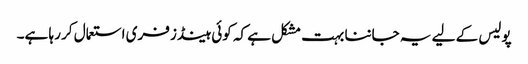
پولیس کے لیے یہ جاننا بہت مشکل ہے کہ کوئی ہینڈز فری استعمال کر رہا ہے۔